Problem: 9 × 9 = ?
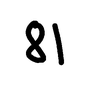
Handwritten answer: 81